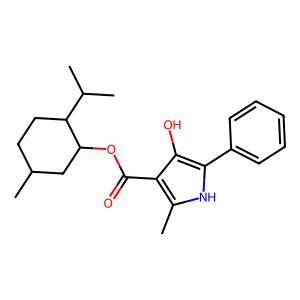
SMILES: Cc1[nH]c(-c2ccccc2)c(O)c1C(=O)OC1CC(C)CCC1C(C)C
Inhibits HIV replication: No